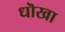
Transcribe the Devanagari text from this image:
धॊखा